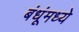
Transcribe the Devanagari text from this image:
बंधूंमध्ये